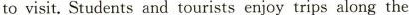
to visit.Students and tourists enjoy trips along the